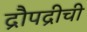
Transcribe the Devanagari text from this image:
द्रौपद्रीची